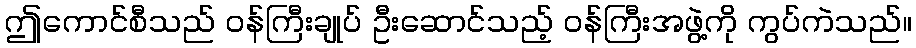
ဤကောင်စီသည် ဝန်ကြီးချုပ် ဦးဆောင်သည့် ဝန်ကြီးအဖွဲ့ကို ကွပ်ကဲသည်။